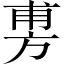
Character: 旉